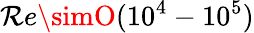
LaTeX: \mathcal{R}e\simO(10^{4}-10^{5})